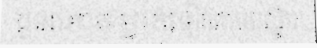
ជួនណាត ម្នាក់ទៀតតាមបណ្ឌិត